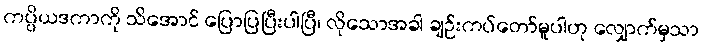
ကပ္ပိယဒကာကို သိအောင် ပြောပြပြီးပါပြီ၊ လိုသောအခါ ချဉ်းကပ်တော်မူပါဟု လျှောက်မှသာ